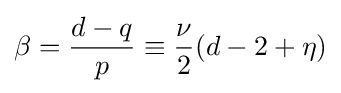
\beta ={\frac {d-q}{p}}\equiv {\frac {\nu }{2}}(d-2+\eta )